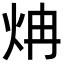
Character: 𬊁